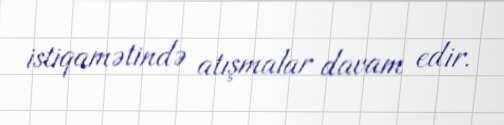
istiqamətində atışmalar davam edir.